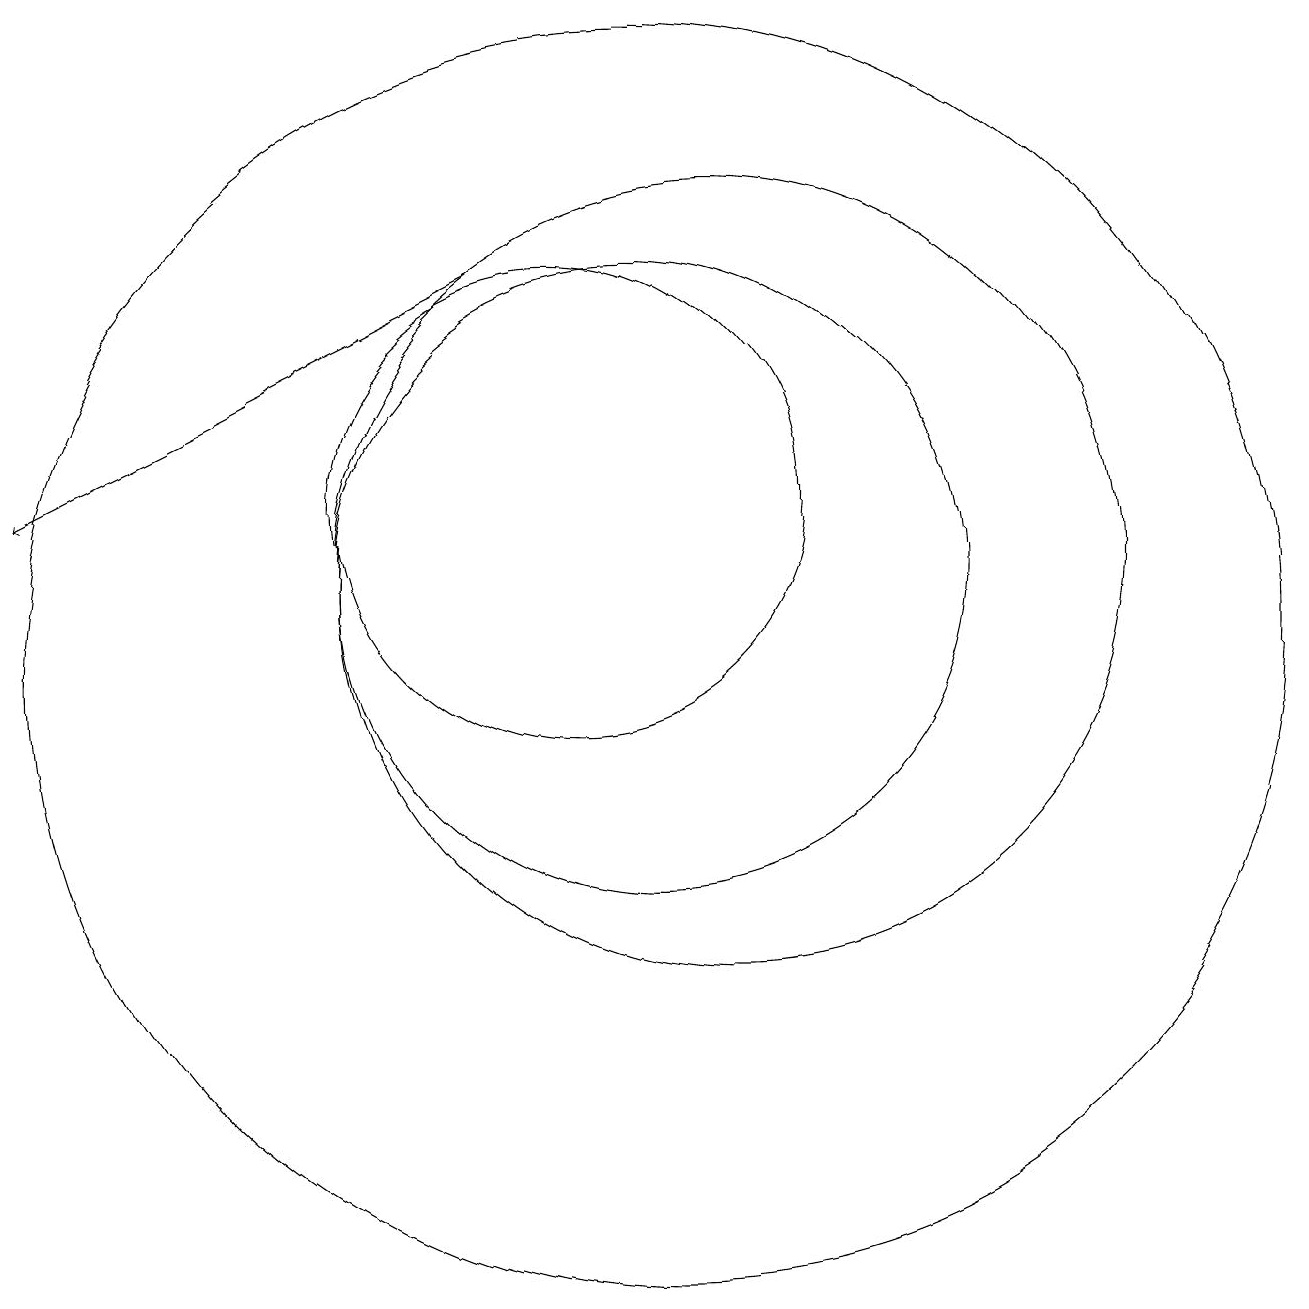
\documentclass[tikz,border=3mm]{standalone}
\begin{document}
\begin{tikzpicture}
\draw (11,11) circle (4);
\draw (10,12) circle (3);
\draw[->] (9,15) -- (3,12);
\draw (12,11) circle (5);
\draw (11,10) circle (8);
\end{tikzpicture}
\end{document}